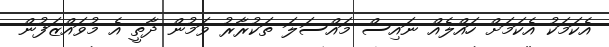
އެކަމަކު އެކަމަށް ހައްލެއް ނައިސް މައްސަލަ ތަކުރާރު ވަމުން ދާތީ އެ މުވައްޒަފުން